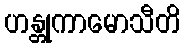
ဟန္တုကာမောသီတိ